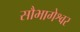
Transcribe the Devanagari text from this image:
सौभागेश्वर